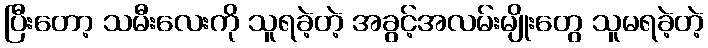
ပြီးတော့ သမီးလေးကို သူရခဲ့တဲ့ အခွင့်အလမ်းမျိုးတွေ သူမရခဲ့တဲ့